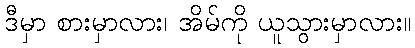
ဒီမှာ စားမှာလား၊ အိမ်ကို ယူသွားမှာလား။